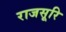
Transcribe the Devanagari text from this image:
राजसूरि